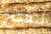
لنفتح